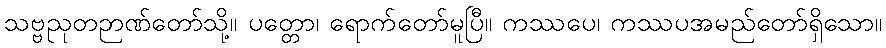
သဗ္ဗညုတဉာဏ်တော်သို့။ ပတ္တော၊ ရောက်တော်မူပြီ။ ကဿပေ၊ ကဿပအမည်တော်ရှိသော။